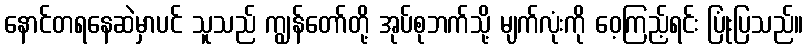
နောင်တရနေဆဲမှာပင် သူသည် ကျွန်တော်တို့ အုပ်စုဘက်သို့ မျက်လုံးကို ဝေ့ကြည့်ရင်း ပြုံးပြသည်။